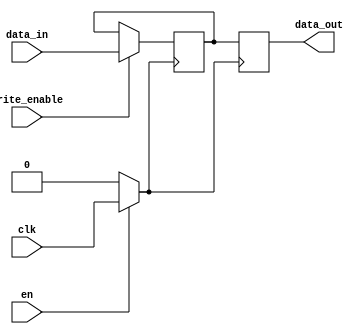
module dynamic_clock_gating (
    input wire clk,          // Primary clock signal
    input wire en,           // Enable signal for clock gating
    input wire [7:0] data_in, // Data input for memory block
    input wire write_enable,  // Write enable signal
    output reg [7:0] data_out // Data output from memory block
);

    // Gated clock signal
    wire gclk;

    // Gating logic: GCLK is the primary clock when EN is high, otherwise it's held low
    assign gclk = en ? clk : 1'b0;

    // Memory block (simple register for demonstration)
    reg [7:0] memory;

    // Memory block operation
    always @(posedge gclk) begin
        if (write_enable) begin
            memory <= data_in; // Write operation
        end
        data_out <= memory; // Read operation
    end

endmodule